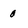
Character: 0